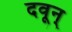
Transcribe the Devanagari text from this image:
दवून्